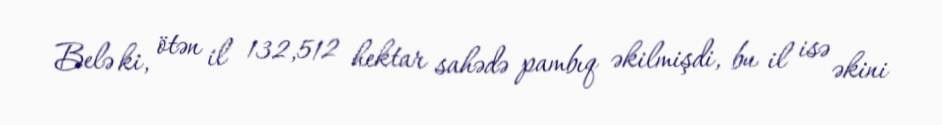
Belə ki, ötən il 132,512 hektar sahədə pambıq əkilmişdi, bu il isə əkini